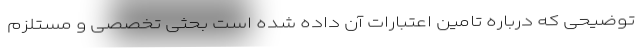
توضیحی که درباره تامین اعتبارات آن داده شده است بحثی تخصصی و مستلزم